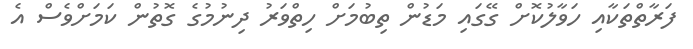
ފަރާތްތަކާއި ހަވާލުކޮށް ގޭގައި މަޑުން ތިބުމަށް ހިތްވަރު ދިނުމުގެ ގޮތުން ކަމަށްވެސް އެ